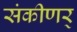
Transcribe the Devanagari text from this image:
संकीणर्